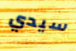
سيدي